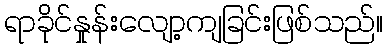
ရာခိုင်နှုန်းလျော့ကျခြင်းဖြစ်သည်။